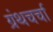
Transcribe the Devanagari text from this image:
ग्रंथचर्चा